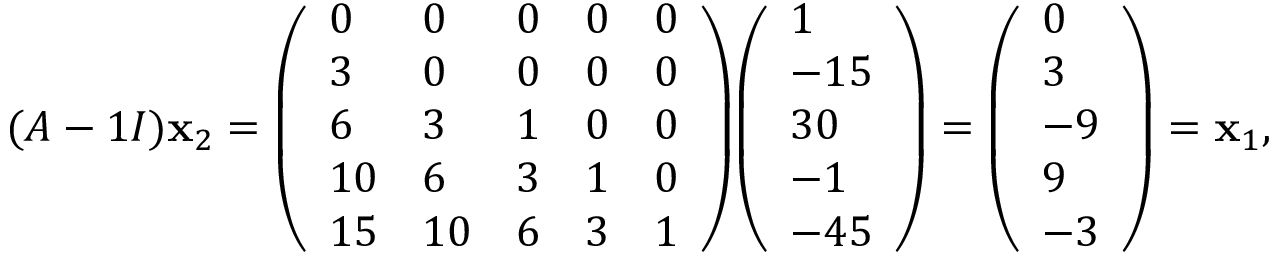
( A - 1 I ) \mathbf { x } _ { 2 } = { \left( \begin{array} { l l l l l } { 0 } & { 0 } & { 0 } & { 0 } & { 0 } \\ { 3 } & { 0 } & { 0 } & { 0 } & { 0 } \\ { 6 } & { 3 } & { 1 } & { 0 } & { 0 } \\ { 1 0 } & { 6 } & { 3 } & { 1 } & { 0 } \\ { 1 5 } & { 1 0 } & { 6 } & { 3 } & { 1 } \end{array} \right) } { \left( \begin{array} { l } { 1 } \\ { - 1 5 } \\ { 3 0 } \\ { - 1 } \\ { - 4 5 } \end{array} \right) } = { \left( \begin{array} { l } { 0 } \\ { 3 } \\ { - 9 } \\ { 9 } \\ { - 3 } \end{array} \right) } = \mathbf { x } _ { 1 } ,